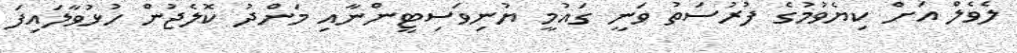
ލެވެލް އަށް ކިޔެވުމުގެ ފުރުސަތު ވަނީ ގައުމީ ޔުނިވަސިޓީންނާއި މަންދު ކޮލެޖުން ހުޅުވާލައިފަ